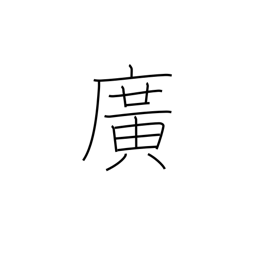
Meaning: broad